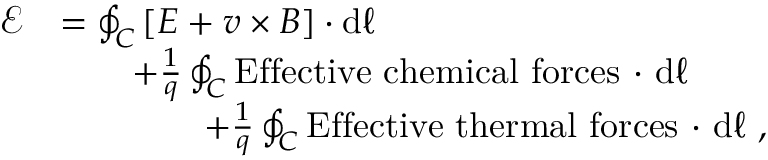
{ \begin{array} { r l } { { \mathcal { E } } } & { = \oint _ { C } \left[ { \boldsymbol { E } } + { \boldsymbol { v } } \times { \boldsymbol { B } } \right] \cdot \mathrm { d } { \boldsymbol { \ell } } } \\ & { \qquad + { \frac { 1 } { q } } \oint _ { C } \mathrm { E f f e c t i v e \ c h e m i c a l \ f o r c e s \ \cdot } \ \mathrm { d } { \boldsymbol { \ell } } } \\ & { \qquad \qquad + { \frac { 1 } { q } } \oint _ { C } \mathrm { E f f e c t i v e \ t h e r m a l \ f o r c e s \ \cdot } \ \mathrm { d } { \boldsymbol { \ell } } \ , } \end{array} }